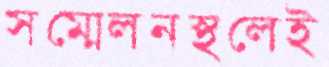
সম্মেলনস্থলেই